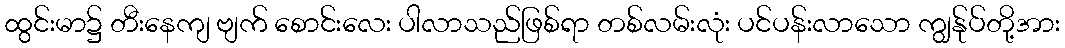
ထွင်းမာ၌ တီးနေကျ ဗျက် စောင်းလေး ပါလာသည်ဖြစ်ရာ တစ်လမ်းလုံး ပင်ပန်းလာသော ကျွန်ုပ်တို့အား